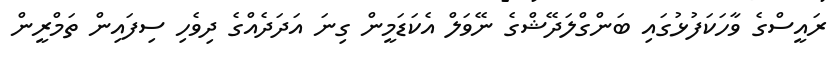
ރައީސްގެ ވާހަކަފުޅުގައި ބަންގްލަދޭޝްގެ ނޭވަލް އެކަޑަމީން ގިނަ އަދަދެއްގެ ދިވެހި ސިފައިން ތަމްރީން